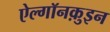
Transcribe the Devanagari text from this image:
ऐल्गॉनक़ुइन